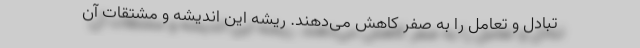
تبادل و تعامل را به صفر کاهش می‌دهند. ریشه این اندیشه و مشتقات آن